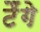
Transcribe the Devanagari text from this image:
टैंगे